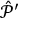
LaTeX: { \hat { \mathcal { P } } } ^ { \prime }